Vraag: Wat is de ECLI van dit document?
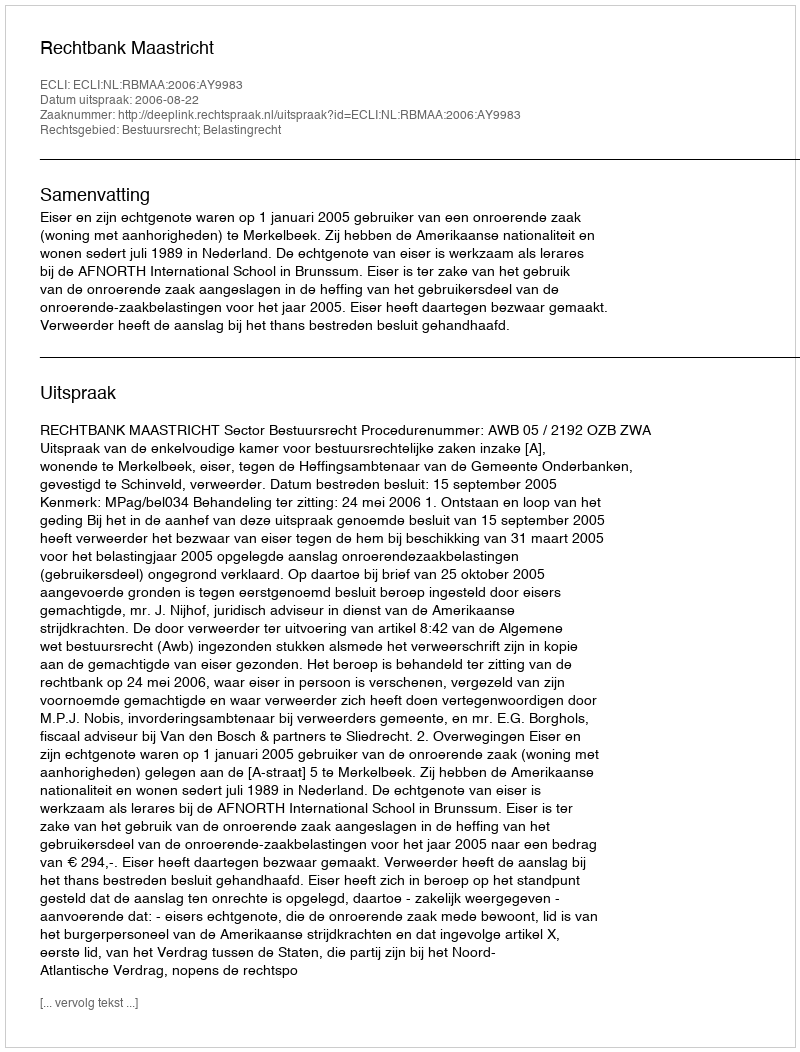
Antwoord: ECLI:NL:RBMAA:2006:AY9983